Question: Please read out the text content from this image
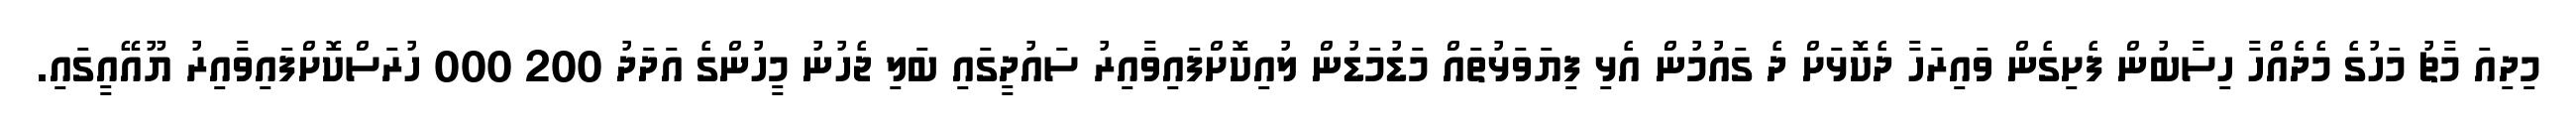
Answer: މިދިއަ މާޗު މަހުގެ މެދެއްހާ ހިސާބުން ފެށިގެން ވައިރަހާ ދެކޮޅަށް ދެ ގައުމުން އެޅި ފިޔަވަޅުތައް މަޑުމަޑުން ލުއިކޮށްފައިވާއިރު ސައުދީގައި ބަލި ޖެހުނު މީހުންގެ އަދަދު 200 000 ހުރަސްކޮށްފައިވާއިރު ޔޫއޭއީގައި.